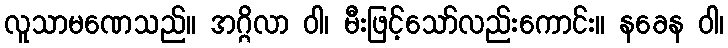
လူသာမဏေသည်။ အဂ္ဂိလာ ဝါ၊ မီးဖြင့်သော်လည်းကောင်း။ နခေန ဝါ၊